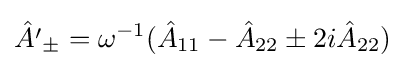
{\hat {A'}}_{\pm }=\omega ^{-1}({\hat {A}}_{11}-{\hat {A}}_{22}\pm 2i{\hat {A}}_{22})